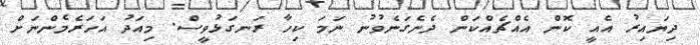
ދިޔައިރު އެއީ ކޮން އެއްޗެއްކަން ދެނެގަނެވުނު ނަމަ ކިހާ ރަނގަޅުވީސް. މިއަދު އަހަރެމެންނަށް